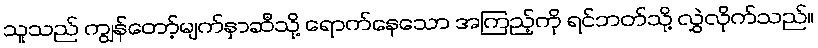
သူသည် ကျွန်တော့်မျက်နှာဆီသို့ ရောက်နေသော အကြည့်ကို ရင်ဘတ်သို့ လွှဲလိုက်သည်။